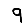
Digit: 9